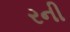
રની